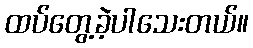
ထပ်တွေ့ခဲ့ပါသေးတယ်။